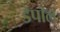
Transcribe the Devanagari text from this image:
डेपॉल